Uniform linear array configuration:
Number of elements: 48
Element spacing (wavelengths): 0.5
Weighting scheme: hamming
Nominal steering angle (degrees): -15
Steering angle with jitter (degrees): -16.121
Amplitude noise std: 0.05
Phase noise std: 0.05

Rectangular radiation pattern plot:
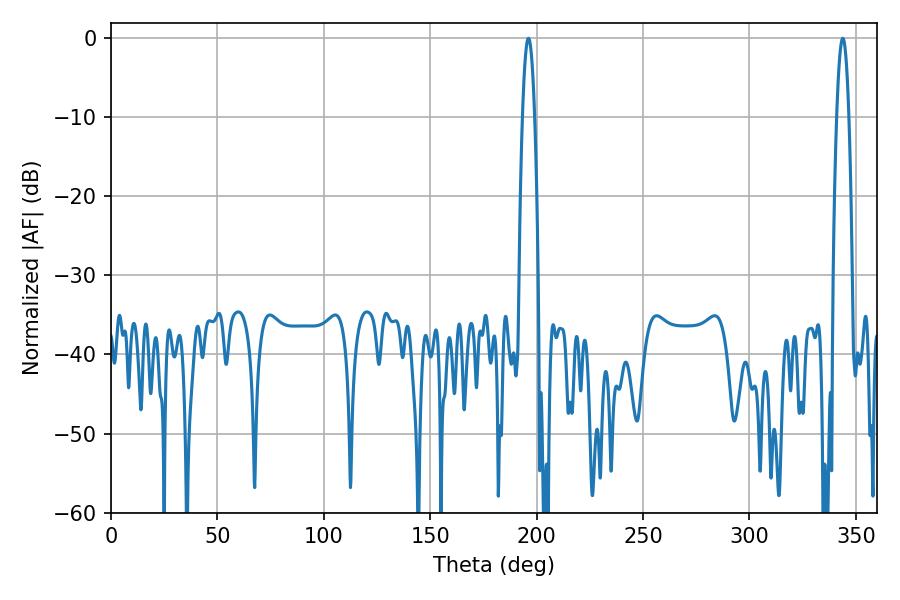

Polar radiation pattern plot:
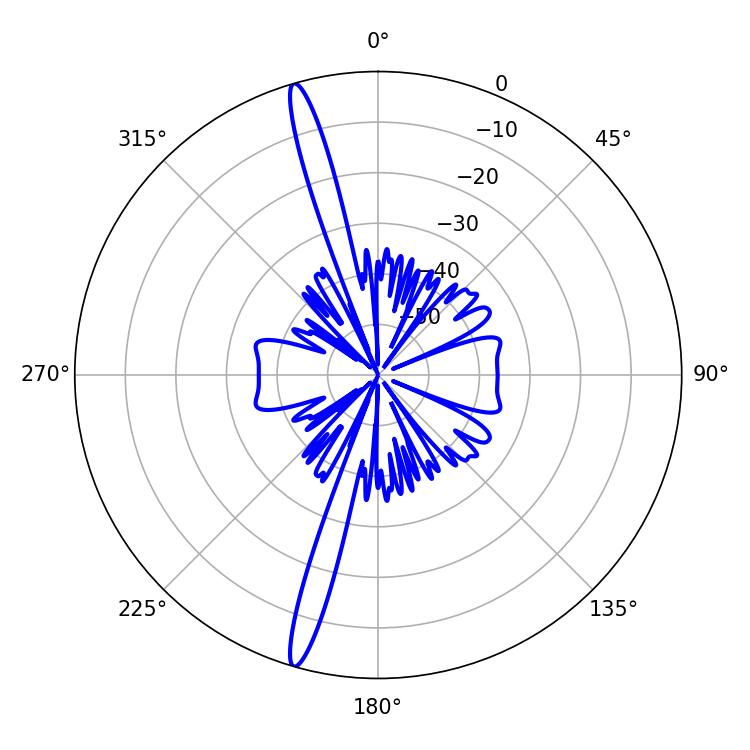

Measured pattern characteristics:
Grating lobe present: FALSE
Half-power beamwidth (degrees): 3.06
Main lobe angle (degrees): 343.8